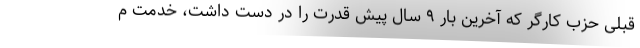
قبلی حزب کارگر که آخرین بار ۹ سال پیش قدرت را در دست داشت، خدمت م